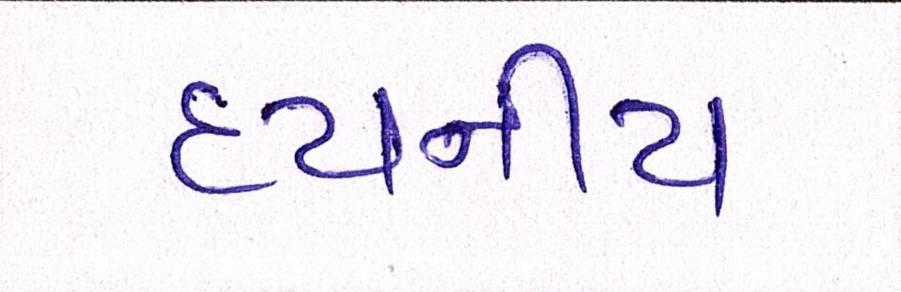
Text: દયનીય